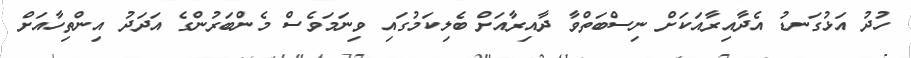
ހުދު އަޅުގަނޑު އެދާއިރާއަކަށް ނިސްބަތްވާ ދާއިރާއަށް ބެލިކަމުގައި ވިނަމަވެސް މެންބަރުންގެ އަދަދު އިންތިހާއަށް